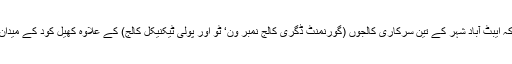
یاد رہے کہ ایبٹ آباد شہر کے تین سرکاری کالجوں (گورنمنٹ ڈگری کالج نمبر ون‘ ٹو اور پولی ٹیکنیکل کالج) کے علاوہ کھیل کود کے میدان نہیں ہیں۔